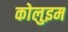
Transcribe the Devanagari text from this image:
कोलुइम